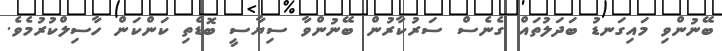
ބޭނުންވި މައިގަނޑު ބަދަލުތައް ގެނެސް ސަރުކާރުން ބޭނުންވާ ސިޔާސީ ބޮޑެތި ކަންކަން ހާސިލްކުރުމެވެ.